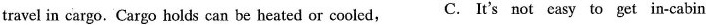
travel in cargo. Cargo holds can be heated or cooled, C. It's not casy to get in-cabin